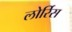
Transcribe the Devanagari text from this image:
लोर्रिस